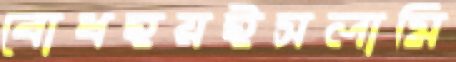
বোধহয়ইসলামি